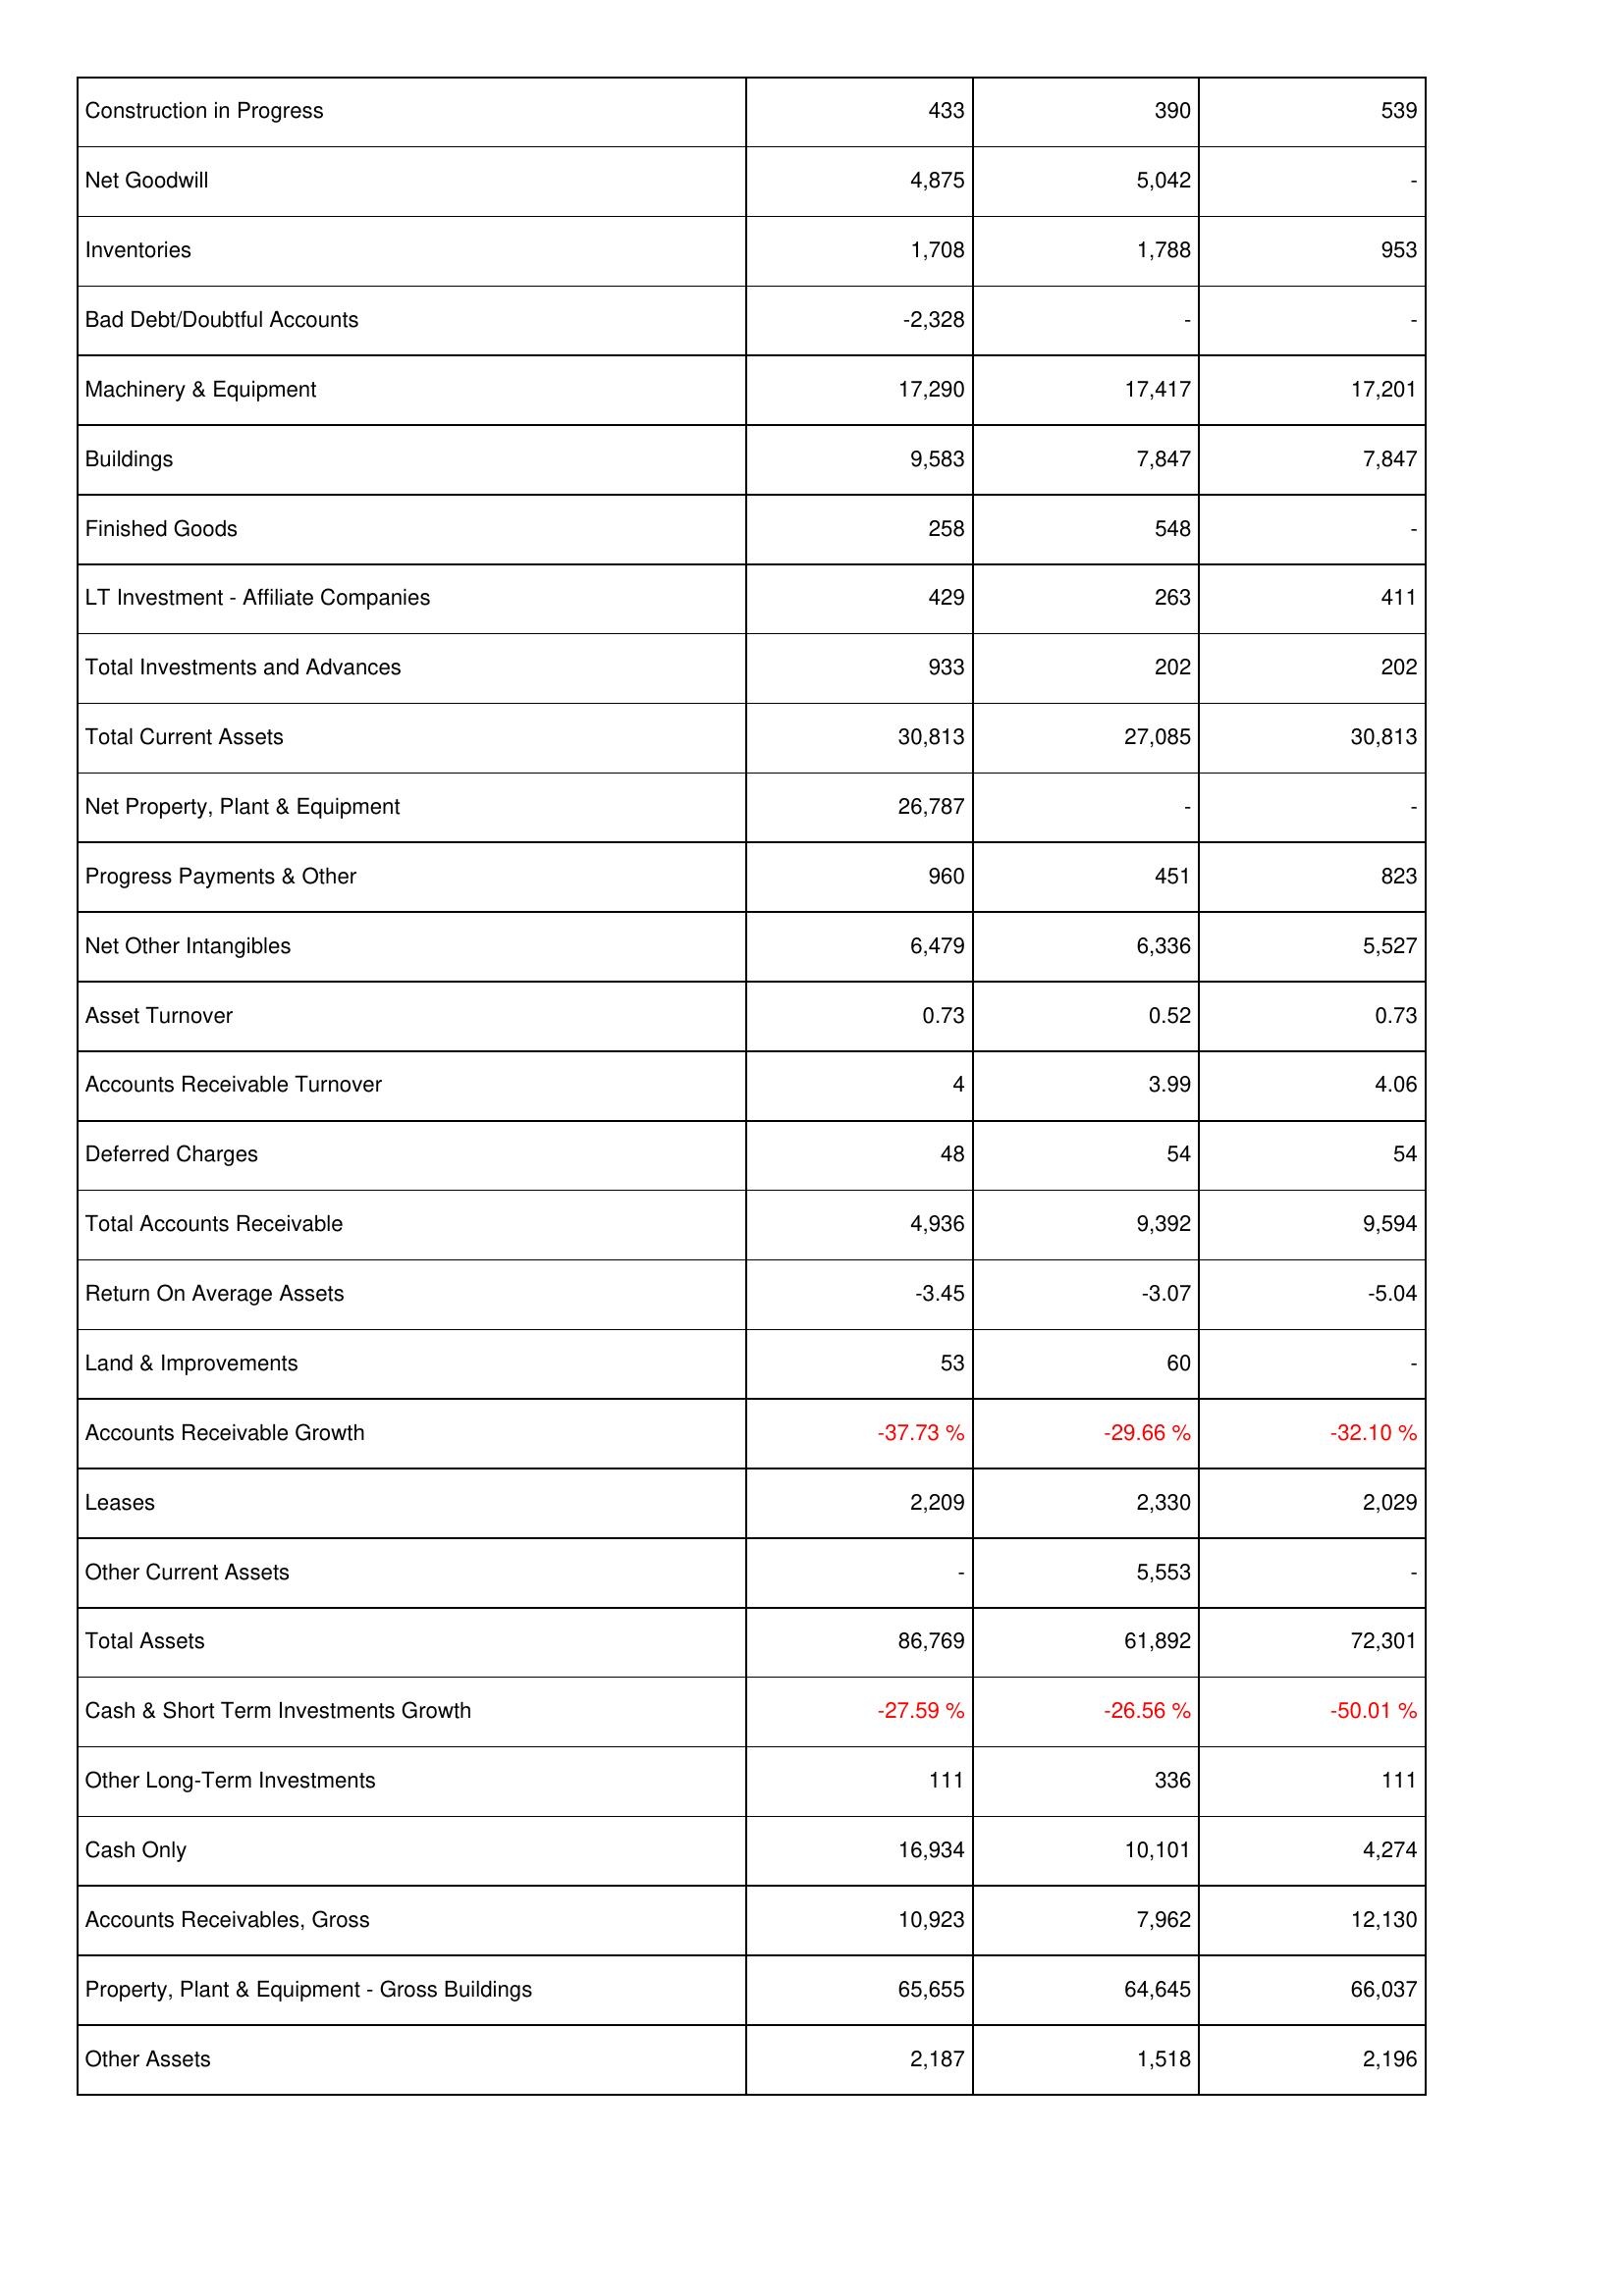
2012: Assets: Construction in Progress: 433
Net Goodwill: 4,875
Inventories: 1,708
Bad Debt/Doubtful Accounts: -2,328
Machinery & Equipment: 17,290
Buildings: 9,583
Finished Goods: 258
LT Investment - Affiliate Companies: 429
Total Investments and Advances: 933
Total Current Assets: 30,813
Net Property, Plant & Equipment: 26,787
Progress Payments & Other: 960
Net Other Intangibles: 6,479
Asset Turnover: 0.73
Accounts Receivable Turnover: 4
Deferred Charges: 48
Total Accounts Receivable: 4,936
Return On Average Assets: -3.45
Land & Improvements: 53
Accounts Receivable Growth: -37.73 %
Leases: 2,209
Other Current Assets: -
Total Assets: 86,769
Cash & Short Term Investments Growth: -27.59 %
Other Long-Term Investments: 111
Cash Only: 16,934
Accounts Receivables, Gross: 10,923
Property, Plant & Equipment - Gross Buildings: 65,655
Other Assets: 2,187
2013: Assets: Construction in Progress: 390
Net Goodwill: 5,042
Inventories: 1,788
Bad Debt/Doubtful Accounts: -
Machinery & Equipment: 17,417
Buildings: 7,847
Finished Goods: 548
LT Investment - Affiliate Companies: 263
Total Investments and Advances: 202
Total Current Assets: 27,085
Net Property, Plant & Equipment: -
Progress Payments & Other: 451
Net Other Intangibles: 6,336
Asset Turnover: 0.52
Accounts Receivable Turnover: 3.99
Deferred Charges: 54
Total Accounts Receivable: 9,392
Return On Average Assets: -3.07
Land & Improvements: 60
Accounts Receivable Growth: -29.66 %
Leases: 2,330
Other Current Assets: 5,553
Total Assets: 61,892
Cash & Short Term Investments Growth: -26.56 %
Other Long-Term Investments: 336
Cash Only: 10,101
Accounts Receivables, Gross: 7,962
Property, Plant & Equipment - Gross Buildings: 64,645
Other Assets: 1,518
2014: Assets: Construction in Progress: 539
Net Goodwill: -
Inventories: 953
Bad Debt/Doubtful Accounts: -
Machinery & Equipment: 17,201
Buildings: 7,847
Finished Goods: -
LT Investment - Affiliate Companies: 411
Total Investments and Advances: 202
Total Current Assets: 30,813
Net Property, Plant & Equipment: -
Progress Payments & Other: 823
Net Other Intangibles: 5,527
Asset Turnover: 0.73
Accounts Receivable Turnover: 4.06
Deferred Charges: 54
Total Accounts Receivable: 9,594
Return On Average Assets: -5.04
Land & Improvements: -
Accounts Receivable Growth: -32.10 %
Leases: 2,029
Other Current Assets: -
Total Assets: 72,301
Cash & Short Term Investments Growth: -50.01 %
Other Long-Term Investments: 111
Cash Only: 4,274
Accounts Receivables, Gross: 12,130
Property, Plant & Equipment - Gross Buildings: 66,037
Other Assets: 2,196